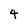
Character: 4